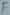
Text: F